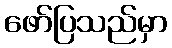
ဖော်ပြသည်မှာ